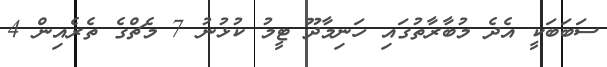
ސަބަބަކީ އެދެ މުބާރާތުގައި ހަނިމާދޫ ޓީމު ކުޅުނު 7 މެޗްގެ ތެރެއިން 4